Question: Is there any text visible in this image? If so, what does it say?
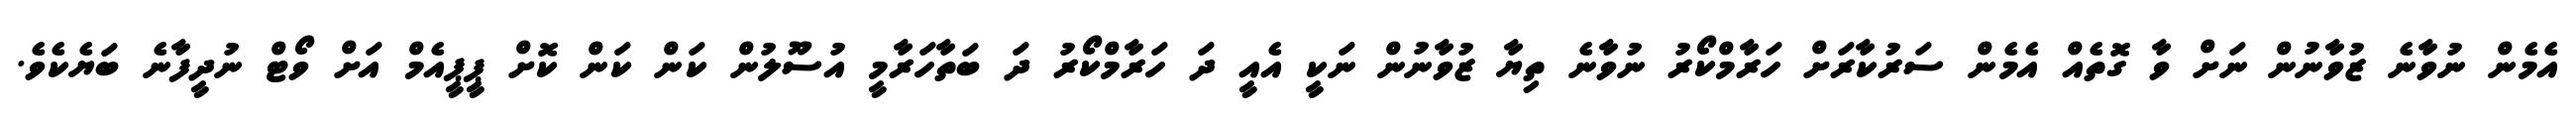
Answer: އެމެން ނުވާނެ ޒުވާނުން ނަށް ވާ ގޮތެއް އެމެން ސަރުކާރަށް ހަރާމްކޯރު ނުވާނެ ތިޔާ ޒުވާނުން ނަކީ އެއީ ދަ ހަރާމްކޯރު ދަ ބަތާހަރާމީ އުސޫލުން ކަން ކަން ކޮށް ޕީޕީއެމް އަށް ވޯޓް ނުދީފާނެ ބަޔެކެވެ.